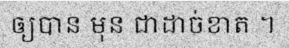
ឲ្យបាន មុន ជាដាច់ខាត ។